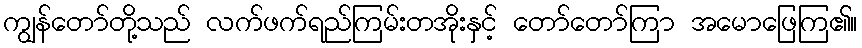
ကျွန်တော်တို့သည် လက်ဖက်ရည်ကြမ်းတအိုးနှင့် တော်တော်ကြာ အမောဖြေကြ၏။